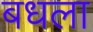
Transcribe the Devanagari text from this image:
बधला